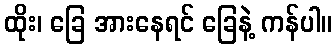
ထိုး၊ ခြေ အားနေရင် ခြေနဲ့ ကန်ပါ။